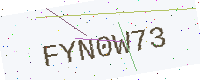
Text: FYN0W73